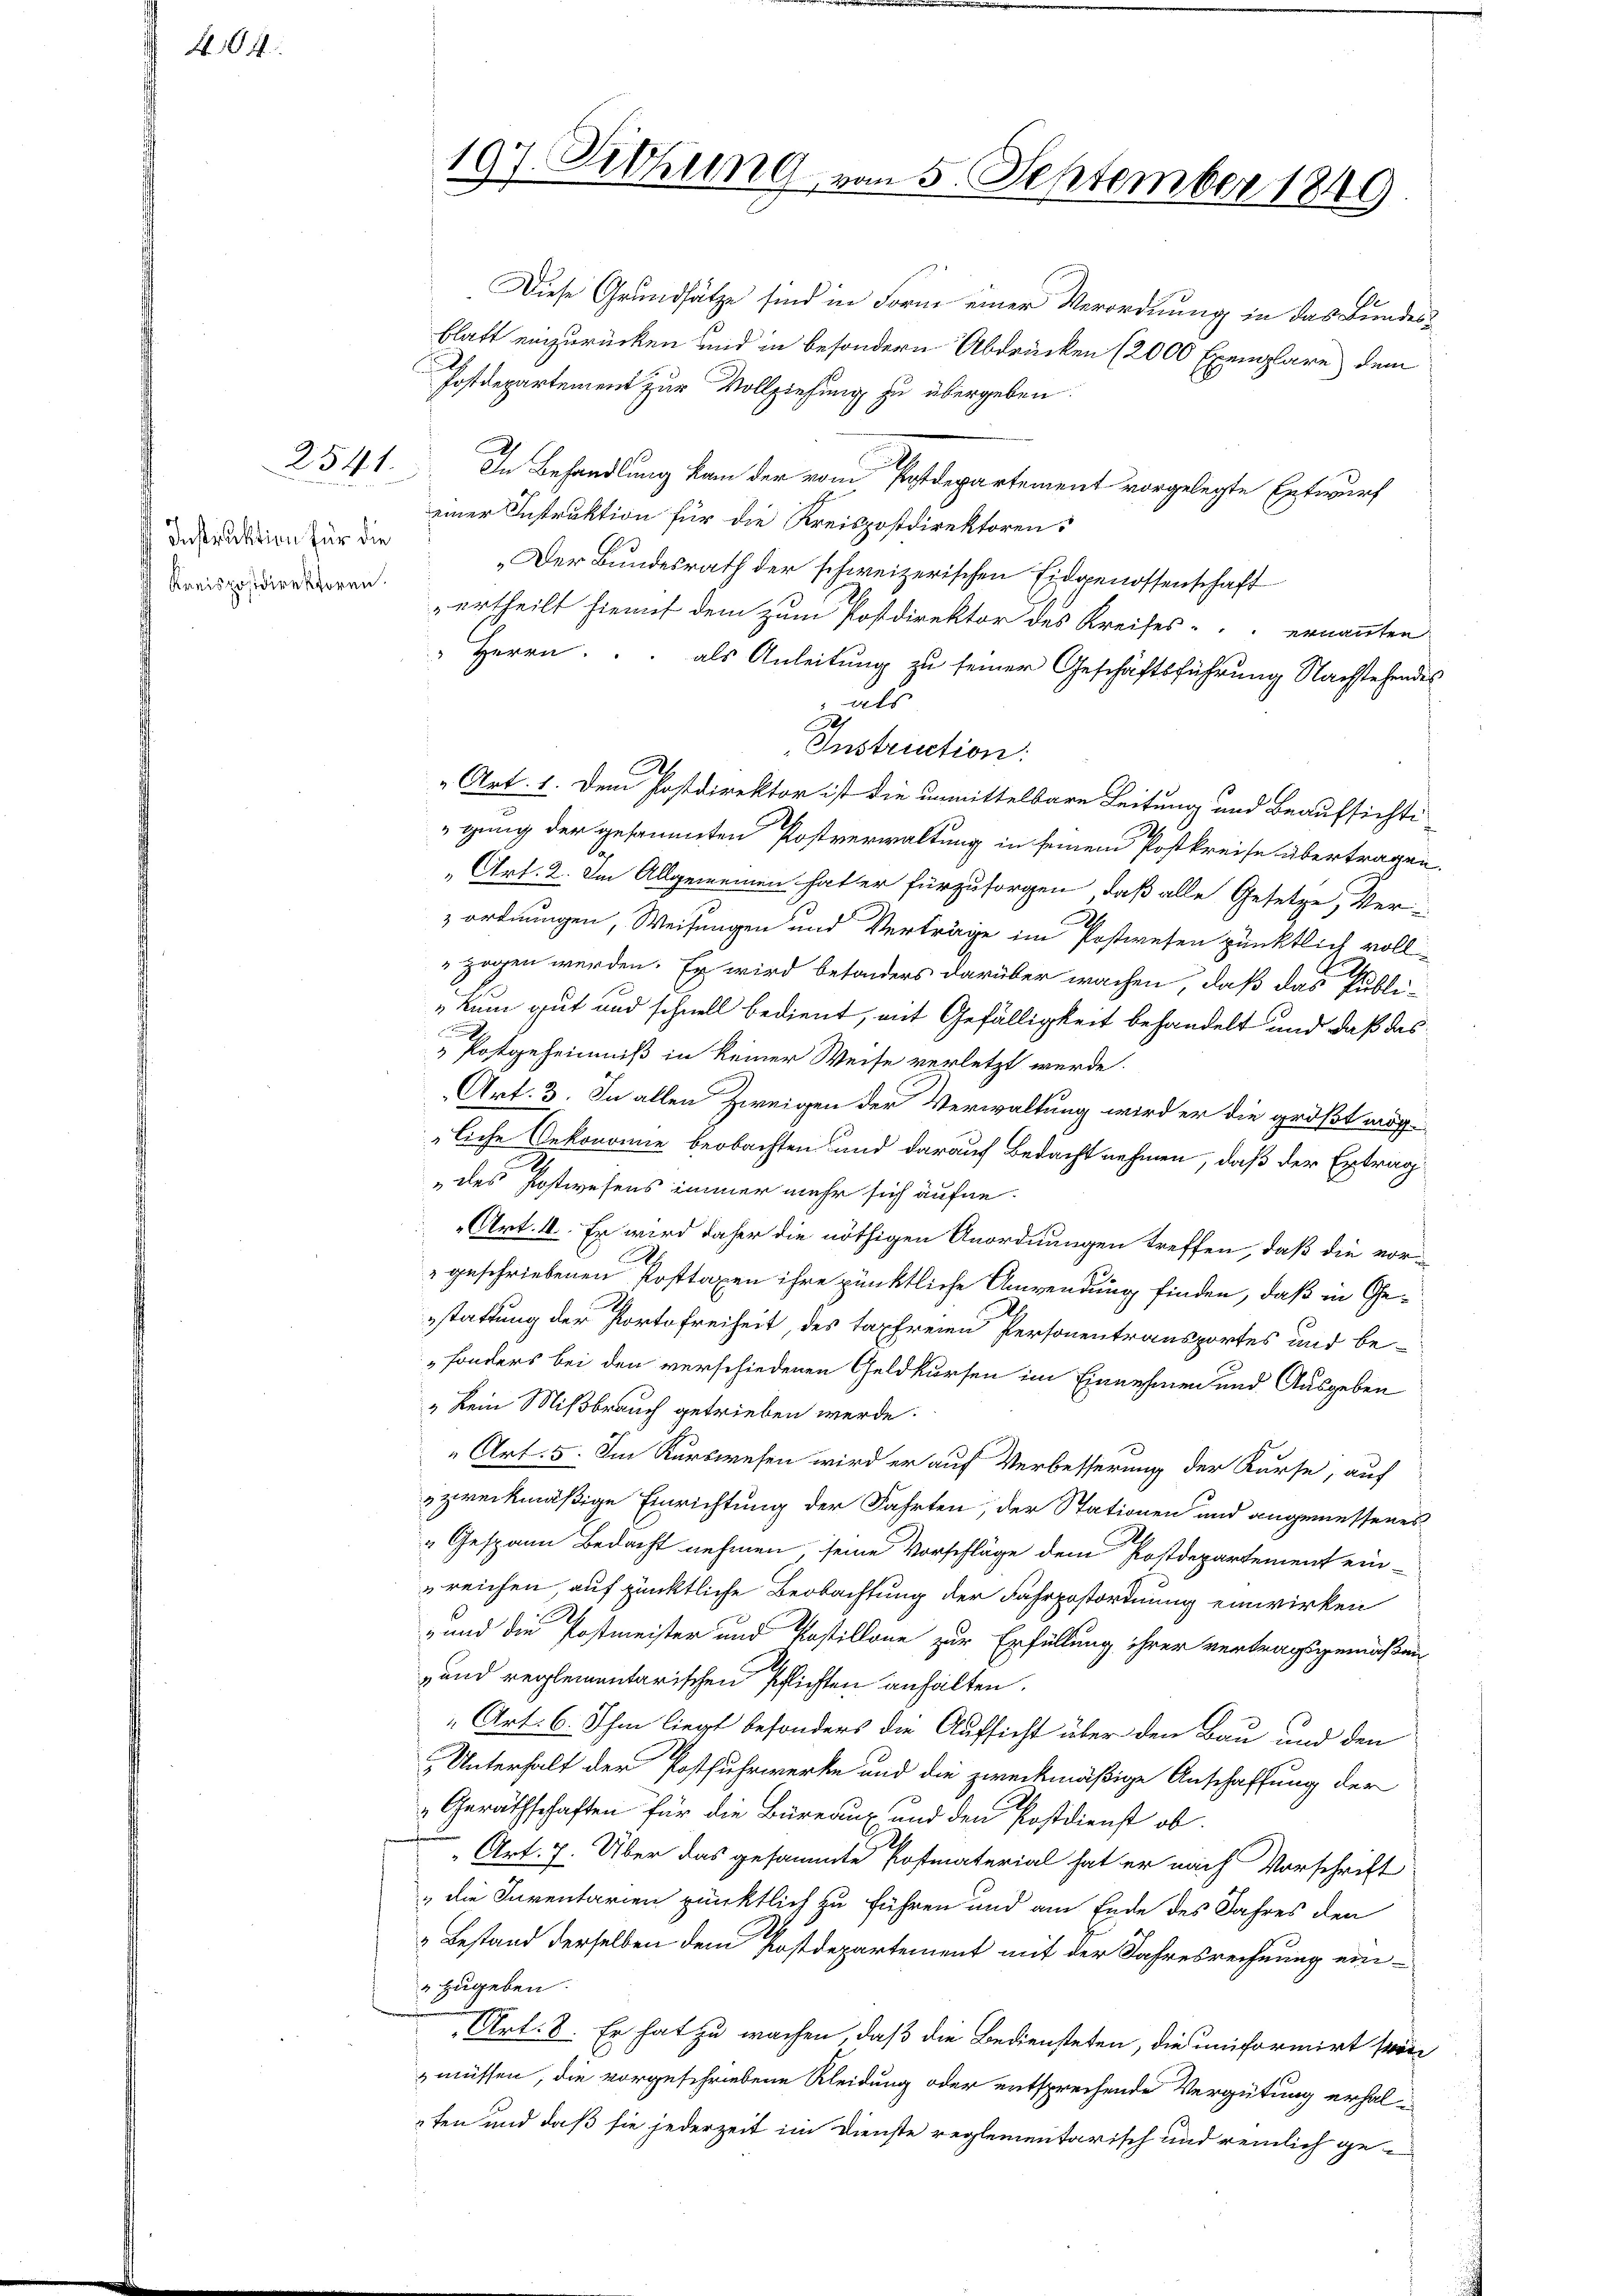
4. 164

Instruktion für die
Kreisposidirektoren.

197. Sitzung von 5. September 1849

Diese Grundsätze sind in Form einer Verordnung in das Bundesblatt einzurücken und in besondern Abdrücken (2000 Exemplare dem
Postdepartement zur Vollziehung zu übergeben:
2541. In Behandlung kam der vom Postdepartement vorgelegte Entwurf
einer Instruktion für die Kreispostdirektoren
„Der Bundesrath der schweizerischen Eidgenossenschaft
ertheilt hiemit dem zum Postdirektor des Kreises ernannten
 Herrn. als Anleitung zu seiner Geschäftsführung Nachstehendes
 als
Instruction:
E
„Art. 1. Dem Postdirektor ist die unmittelbare Leitung und Beaufsichti-
gung der gesammten Postverwaltung in seinem Postkreise übertragen.
„Art. 2. Im Allgemeinen hat er für zu sorgen, daß alle Gesetze, Ver-
zordnungen, Weisungen und Verträge im Postwesen pünktlich vollzogen werden. Er wird besonders darüber wachen, daß das Publi-
„kum gut und schnell bedient, mit Gefälligkeit behandelt und daß das
s
 Postgeheimniß in keiner Weise verletzt werde.
Art. 3. In allen Zweigen der Verwaltung wird er die größt mögliche Oekonomie beobachten und darauf Bedacht nehmen, daß der Ertrag
.
„des Erstwesens immer mehr sich äufne¬
Art. II. Er wird daher die nöthigen Anordnungen treffen, daß die vorgeschriebenen Posttaxen ihre pünktliche Anwendung finden, daß in Gestattung der Portofreiheit, des taxfreien Personentransportes und be¬
„sonders bei den verschiedenen Geldkursen im Einnehmen und Ausgeben
„ kein Mißbrauch getrieben werde.
Art. 5. Im Kurswesen wird er auf Verbesserung der Kurse, auf
zweckmäßige Einrichtung der Fahrten, der Stationen und angemessenes
"Gespann Bedacht nehmen, seine Vorschläge dem Postdepartement ein-
reichen, auf pünktliche Beobachtung der Fahrpostordnung einwirken
e
und die Postmeister und Postillone zur Erfüllung ihrer vertragsgemäßen
und reglementarischen Pflichten anhalten.
Art. 6. Ihm liegt besonders die Aufsicht über den Bau und den
Unterhalt der Postfuhrwerke und die zweckmäßige Anschaffung der
Geräthschaften für die Büreaux und den Postdienst ob
Art. 7. Über das gesammte Postmaterial hat er nach Vorschrift
„die Inventarien pünktlich zu führen und am Ende des Jahres den
Bestand derselben dem Postdepartement mit der Jahresrechnung ein¬
 zugeben.
Art. 8. Er hat zu wachen, daß die Bediensteten, die uniformirt sein
müssen, die vorgeschriebene Kleidung oder entsprechende Vergütung erhalfen und daß sie jederzeit im Dienste reglementarisch und reinlich ge¬